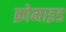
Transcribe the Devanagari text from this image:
क्रोमाइड